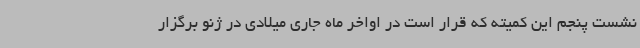
نشست پنجم این کمیته که قرار است در اواخر ماه جاری میلادی در ژنو برگزار